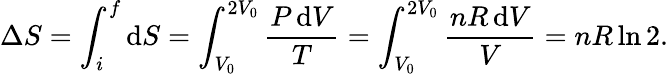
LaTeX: \Delta S=\int_{i}^{f}\mathrm{d}S=\int_{V_{0}}^{2V_{0}}{\frac{P\, \mathrm{d}V}{T}}=\int_{V_{0}}^{2V_{0}}{\frac{nR\, \mathrm{d}V}{V}}=nR\ln 2.